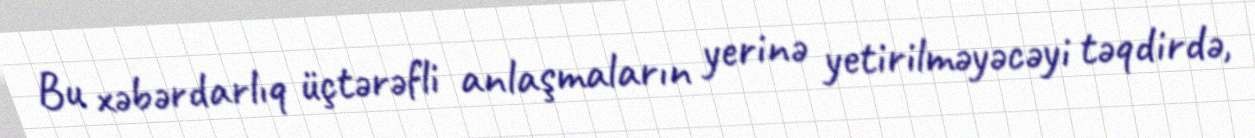
Bu xəbərdarlıq üçtərəfli anlaşmaların yerinə yetirilməyəcəyi təqdirdə,